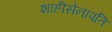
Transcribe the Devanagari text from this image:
शाहीसेनापति